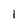
Character: l